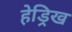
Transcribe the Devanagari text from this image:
हेड्रिख